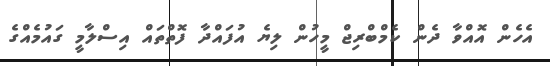
އެހެން އޮއްވާ ދެން ކެމްބްރިޖް މީހުން ލިޔެ އުފައްދާ ފޮތްތައް އިސްލާމީ ގައުމެއްގެ